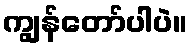
ကျွန်တော်ပါပဲ။